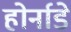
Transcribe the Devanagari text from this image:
होर्नाडे